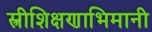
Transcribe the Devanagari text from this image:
स्त्रीशिक्षणाभिमानी